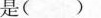
是( )